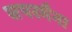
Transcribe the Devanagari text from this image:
सपरमैना